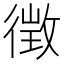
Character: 徴